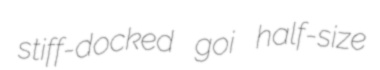
stiff-docked goi half-size